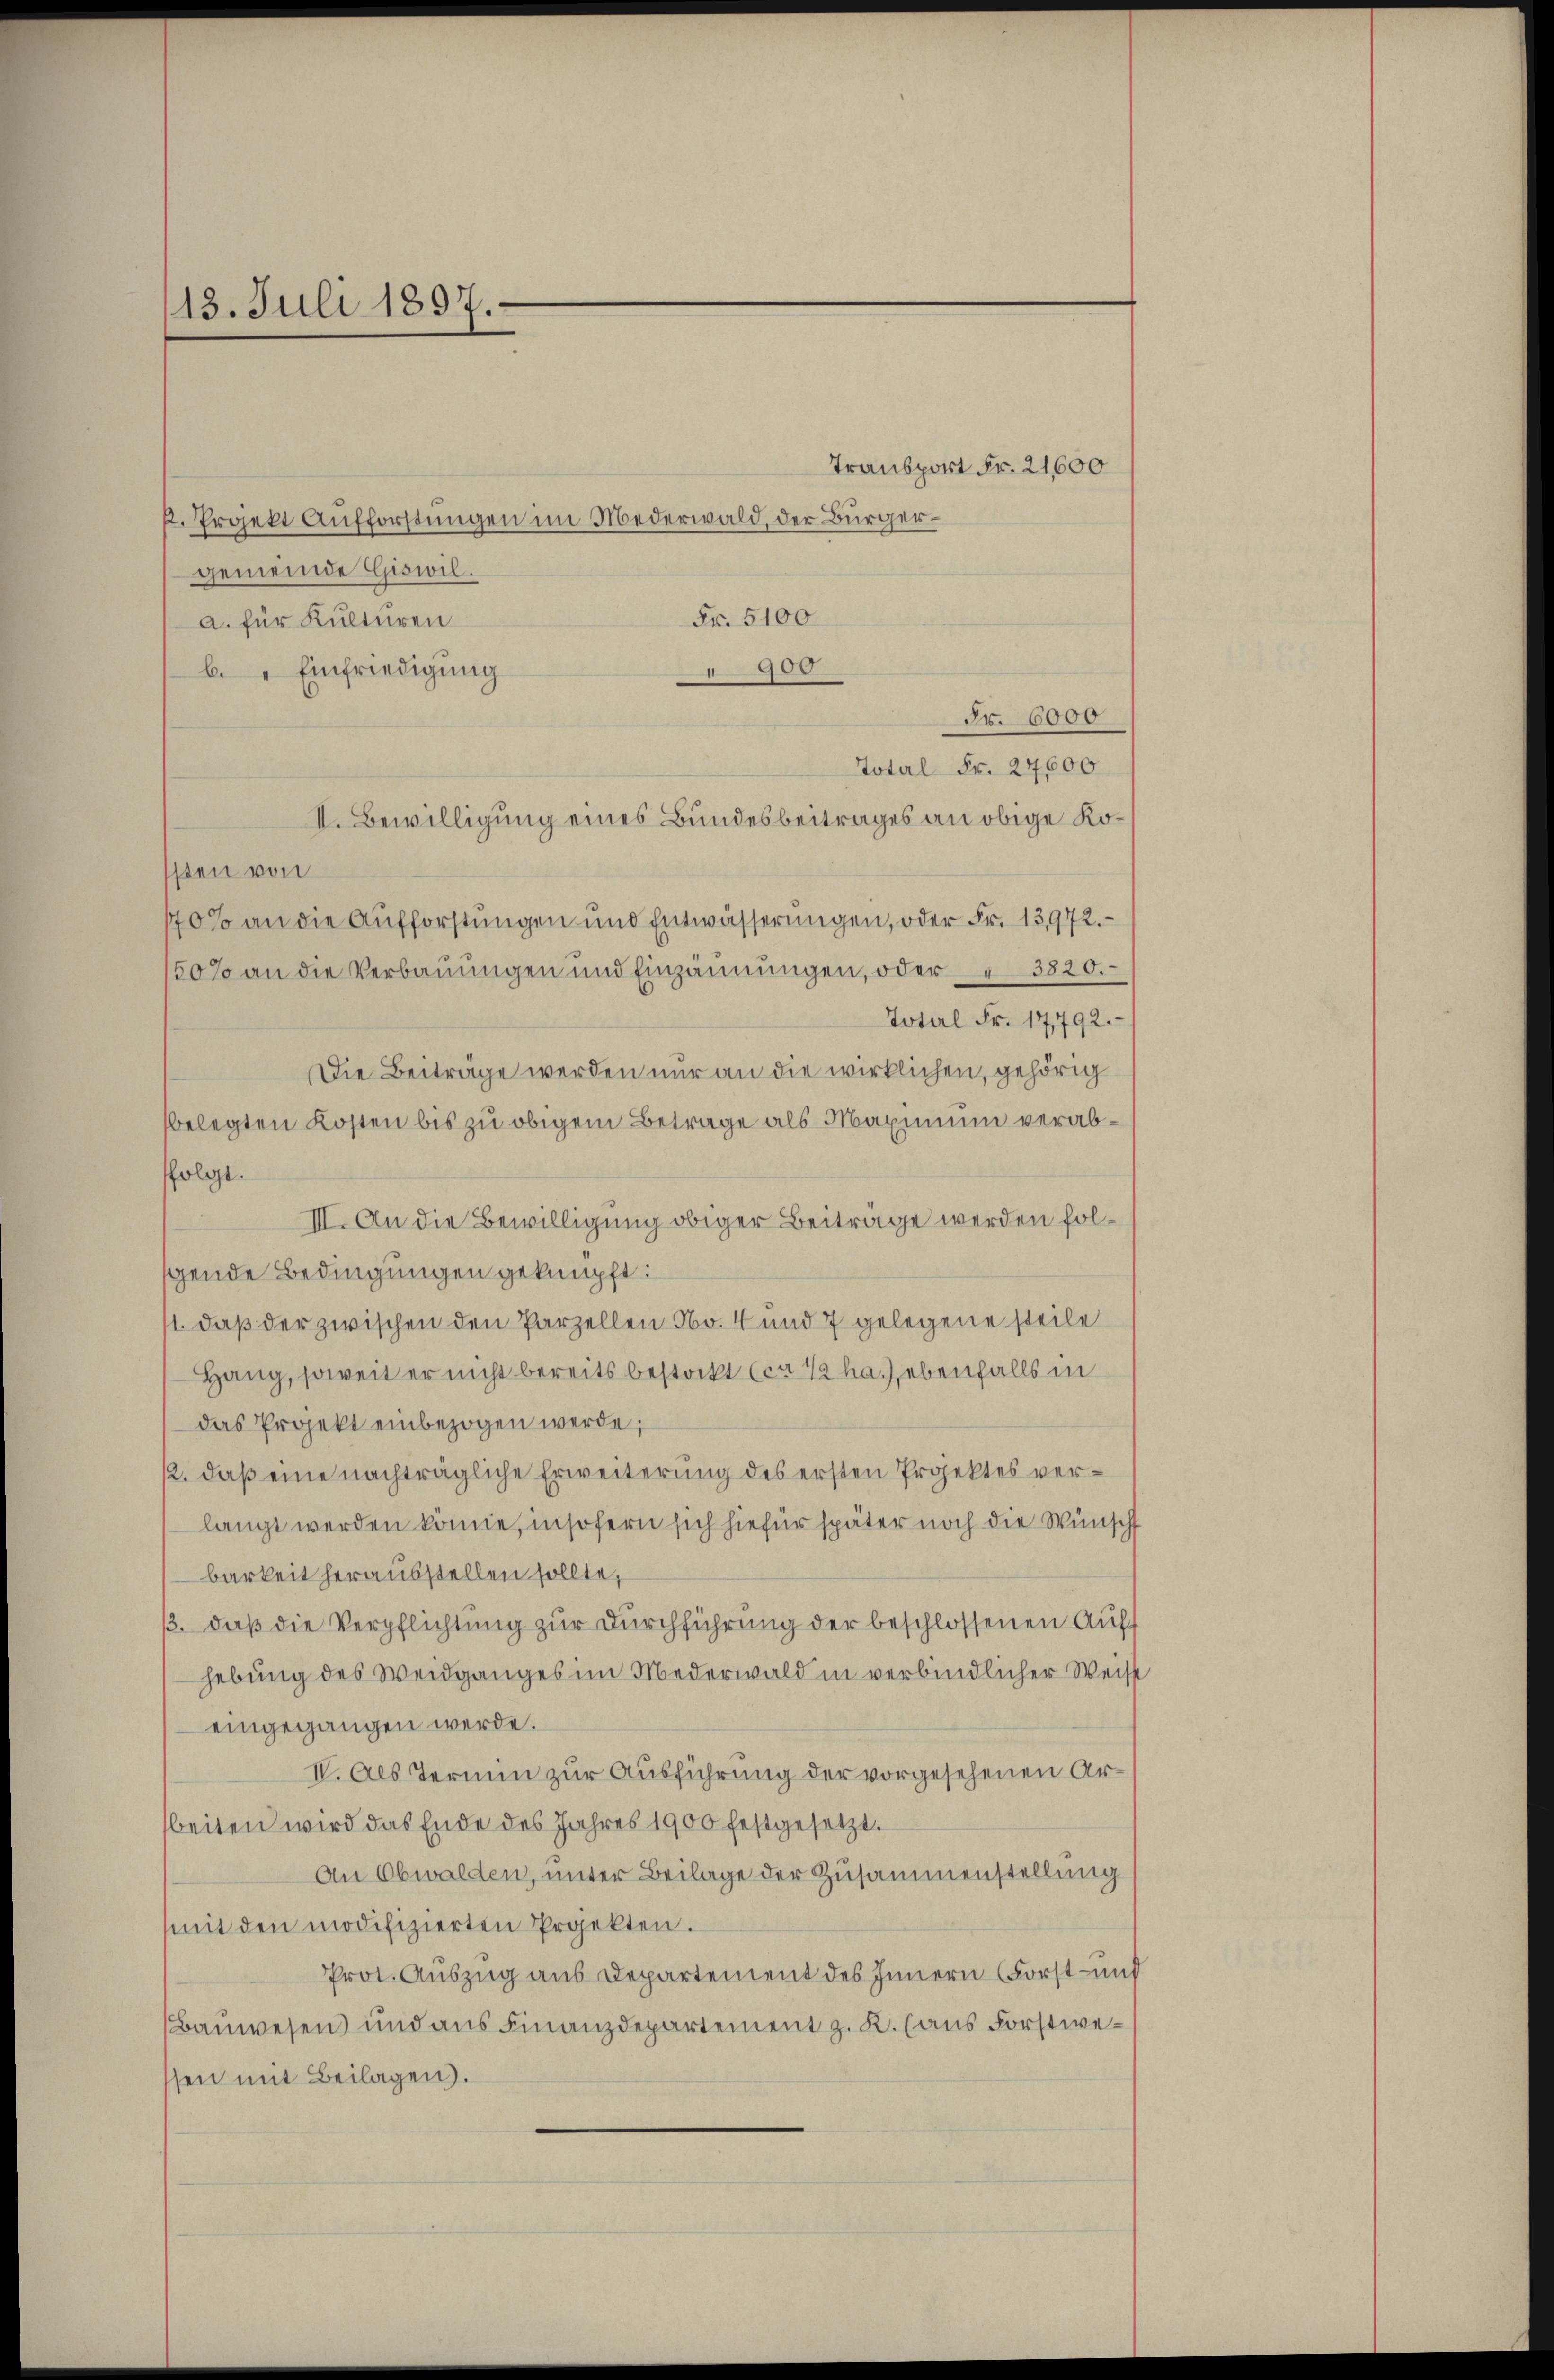
13. Juli 1897.

k. Projekt Aufforstungen im Mederwald, der Bürgergemeinde Giswil.
Fr. 5100
a. für Kulturen
900
b. " Einfriedigung
Fr. 6000
Total Fr. 24600
II. Bewilligung eines Bundesbeitrages an obige Kossten von
70% an die Aufforstungen und Entwässerungen, oder Fr. 13,972.
150% an die Verbauungen und Einzäunungen, oder " 3820.
Totel Fr. 17,792.
Die Beiträge werden nur an die wirklichen, gehörig
belegten Kosten bis zu obigem Betrage als Maximum verabfolgt.
III. An die Bewilligung obiger Beiträge werden folscende Bedingungen geknüpft:
11. daß der zwischen den Parzellen No. 4 und 7 gelegene steile
Hang, soweit er nicht bereits bestockt (ca 1/2 nach ebenfalls in
das Projekt einbezogen werde;
12. daß eine nachträgliche Erweiterung des ersten Projektes verlangt werden könne, insofern sich hiefür später noch die Wünscht
barkeit herausstellen sollte,
/3. daß die Verpflichtung zur Durchführung der beschlossenen Auff
hebung des Weidganges im Mederwald in verbindlicher Weis
eingegangen werde.
IV. Als Termin zur Ausführung der vorgesehenen Arbeiten wird das Ende des Jahres 1900 festgesetzt.
An Obwalden, unter Beilage der Zusammenstellung
mit den modifizierten Projekten.
Prot. Auszug aus Departement des Innern (Forst- un
Bauwesen und aus Finanzdepartement z. K. (aus Forstwesen mit Beilagen.

Transport Fr. 21,600